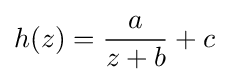
h(z)={\frac {a}{z+b}}+c